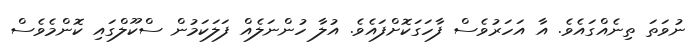
ނުވަތަ ތިނެއްގައެވެ. އާ އަހަރުވެސް ފާހަގަކޮށްފައެވެ. އުލާ ހުންނަލެއް ފަލަކަމުން ސްކޫލްގައި ކޮންމެވެސް